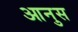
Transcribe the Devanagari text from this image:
आनुस